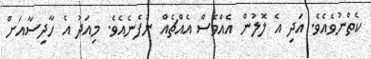
ކެތްނުވެއެވެ. އަދި އެ ލޮލުން އެއްވެސް އެއްޗެއް ނުފެނެއެވެ. މިއަދު އެ ހާދިސާއަށް